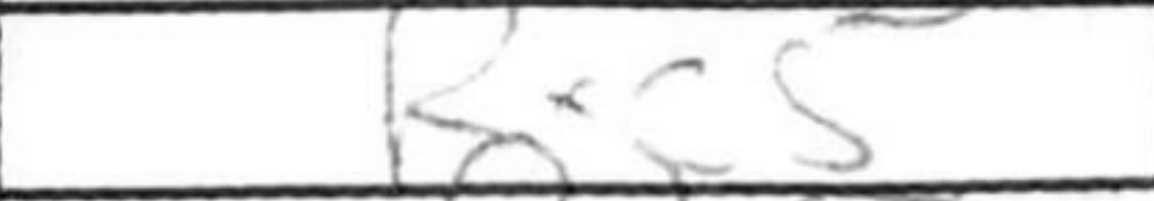
Transcription: Rxc5